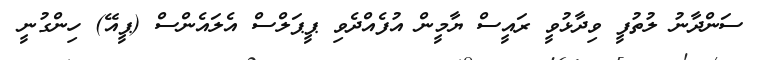
ސަންދާނު ލުތުފީ ވިދާޅުވީ ރައީސް ޔާމީން އުފެއްދެވި ޕީޕަލްސް އެލައެންސް (ޕީއޭ) ހިންގުނީ